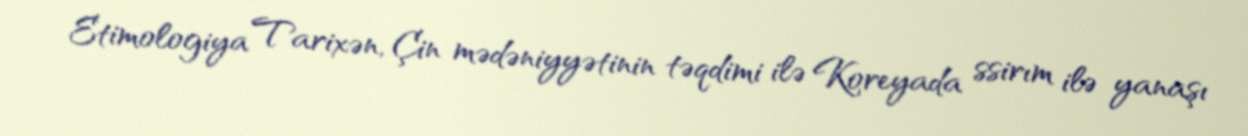
Etimologiya Tarixən, Çin mədəniyyətinin təqdimi ilə Koreyada ssirım ilə yanaşı